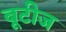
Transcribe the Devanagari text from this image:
बूटीज